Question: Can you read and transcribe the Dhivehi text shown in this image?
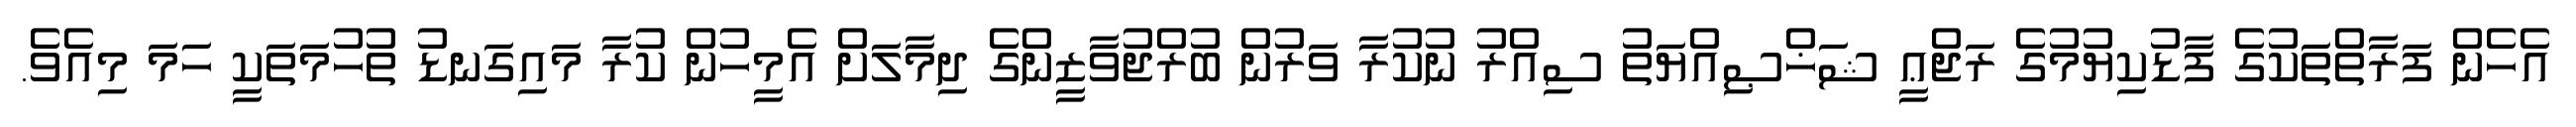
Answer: އެހެން ފަރާތްތަކުގެ ފާޑުކިޔުމުގެ ރަޖްޢީ ޝަޚްޞިއްޔަތު ސިއްރު ނުކުރާ ވަރުން ބުރްޖުވާޒީންގެ ދިމާލަށް އެމީހުން ކުރާ މައިގަނޑު ތުހުމަތަކީ ހަމަ މިއެވެ.